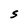
Character: S